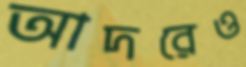
আদরেও